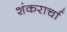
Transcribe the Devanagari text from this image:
शंकरार्चा